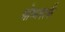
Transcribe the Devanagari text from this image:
मोकपार्क